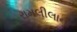
રામલીલાના